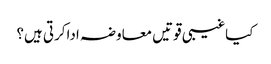
کیاغیبی قوتیں معاوضہ اداکرتی ہیں؟